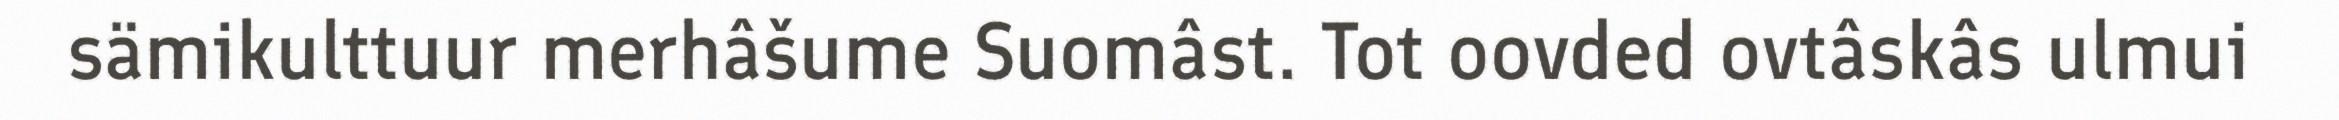
sämikulttuur merhâšume Suomâst. Tot oovded ovtâskâs ulmui